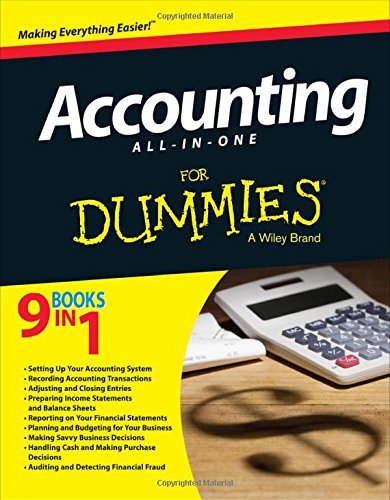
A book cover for Accounting All-in-One For Dummies; Kenneth Boyd; Business & Money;